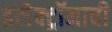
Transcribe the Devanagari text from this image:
इलेक्ट्रॉनाची